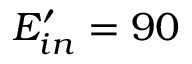
E _ { i n } ^ { \prime } = 9 0